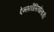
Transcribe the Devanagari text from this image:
ऐन्सथीसियोलाजी